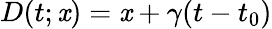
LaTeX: D(t;\mathit{x})=\mathit{x}+\gamma(t-t_{0})